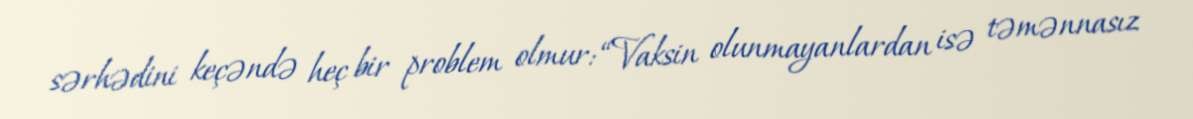
sərhədini keçəndə heç bir problem olmur: “Vaksin olunmayanlardan isə təmənnasız